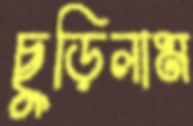
ছুড়িলাম